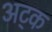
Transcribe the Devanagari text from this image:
अट्क